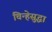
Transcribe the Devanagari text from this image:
चिन्हेसुद्धा